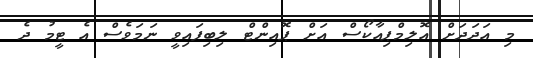
މި އަދަދަށް އޮލިމްޕިއާކޯސް އަށް ޕޮއިންޓް ލިބިފައިވީ ނަމަވެސް އެ ޓީމު ދެ